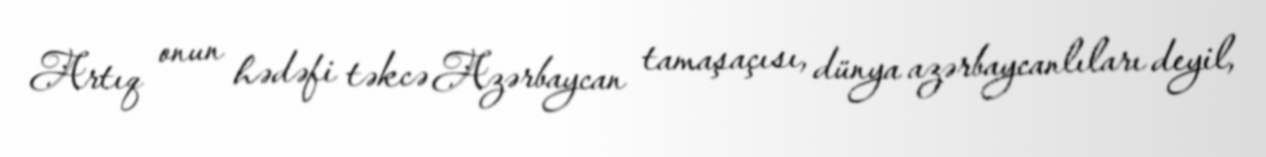
Artıq onun hədəfi təkcə Azərbaycan tamaşaçısı, dünya azərbaycanlıları deyil,